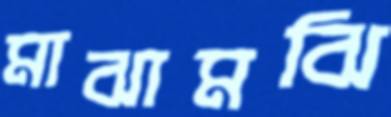
মাঝামঝি